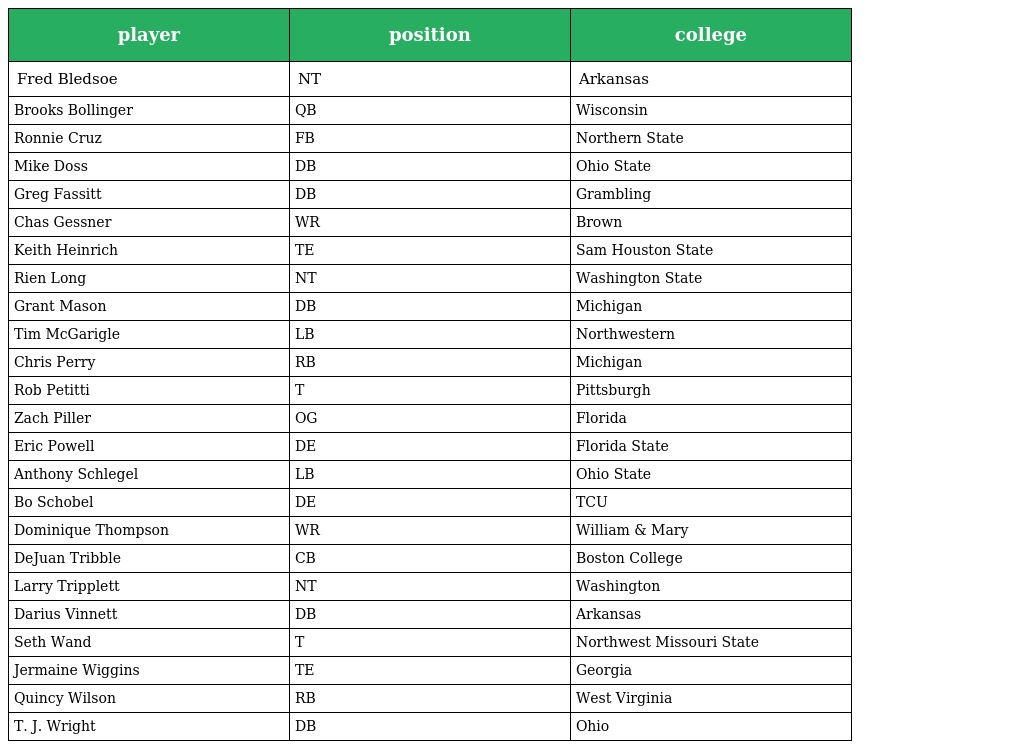
| player | position | college |
 | --- | --- | --- |
 | Fred Bledsoe | NT | Arkansas |
 | Brooks Bollinger | QB | Wisconsin |
 | Ronnie Cruz | FB | Northern State |
 | Mike Doss | DB | Ohio State |
 | Greg Fassitt | DB | Grambling |
 | Chas Gessner | WR | Brown |
 | Keith Heinrich | TE | Sam Houston State |
 | Rien Long | NT | Washington State |
 | Grant Mason | DB | Michigan |
 | Tim McGarigle | LB | Northwestern |
 | Chris Perry | RB | Michigan |
 | Rob Petitti | T | Pittsburgh |
 | Zach Piller | OG | Florida |
 | Eric Powell | DE | Florida State |
 | Anthony Schlegel | LB | Ohio State |
 | Bo Schobel | DE | TCU |
 | Dominique Thompson | WR | William & Mary |
 | DeJuan Tribble | CB | Boston College |
 | Larry Tripplett | NT | Washington |
 | Darius Vinnett | DB | Arkansas |
 | Seth Wand | T | Northwest Missouri State |
 | Jermaine Wiggins | TE | Georgia |
 | Quincy Wilson | RB | West Virginia |
 | T. J. Wright | DB | Ohio |